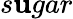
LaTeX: s\mathbf{u}gar